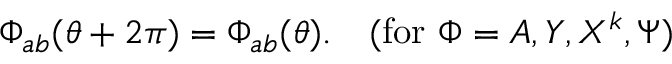
\Phi _ { a b } ( \theta + 2 \pi ) = \Phi _ { a b } ( \theta ) . \quad ( \mathrm { f o r ~ } \Phi = A , Y , X ^ { k } , \Psi )